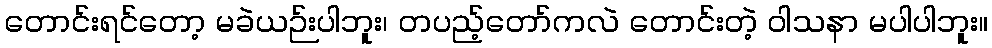
တောင်းရင်တော့ မခဲယဉ်းပါဘူး၊ တပည့်တော်ကလဲ တောင်းတဲ့ ဝါသနာ မပါပါဘူး။